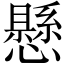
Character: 懸